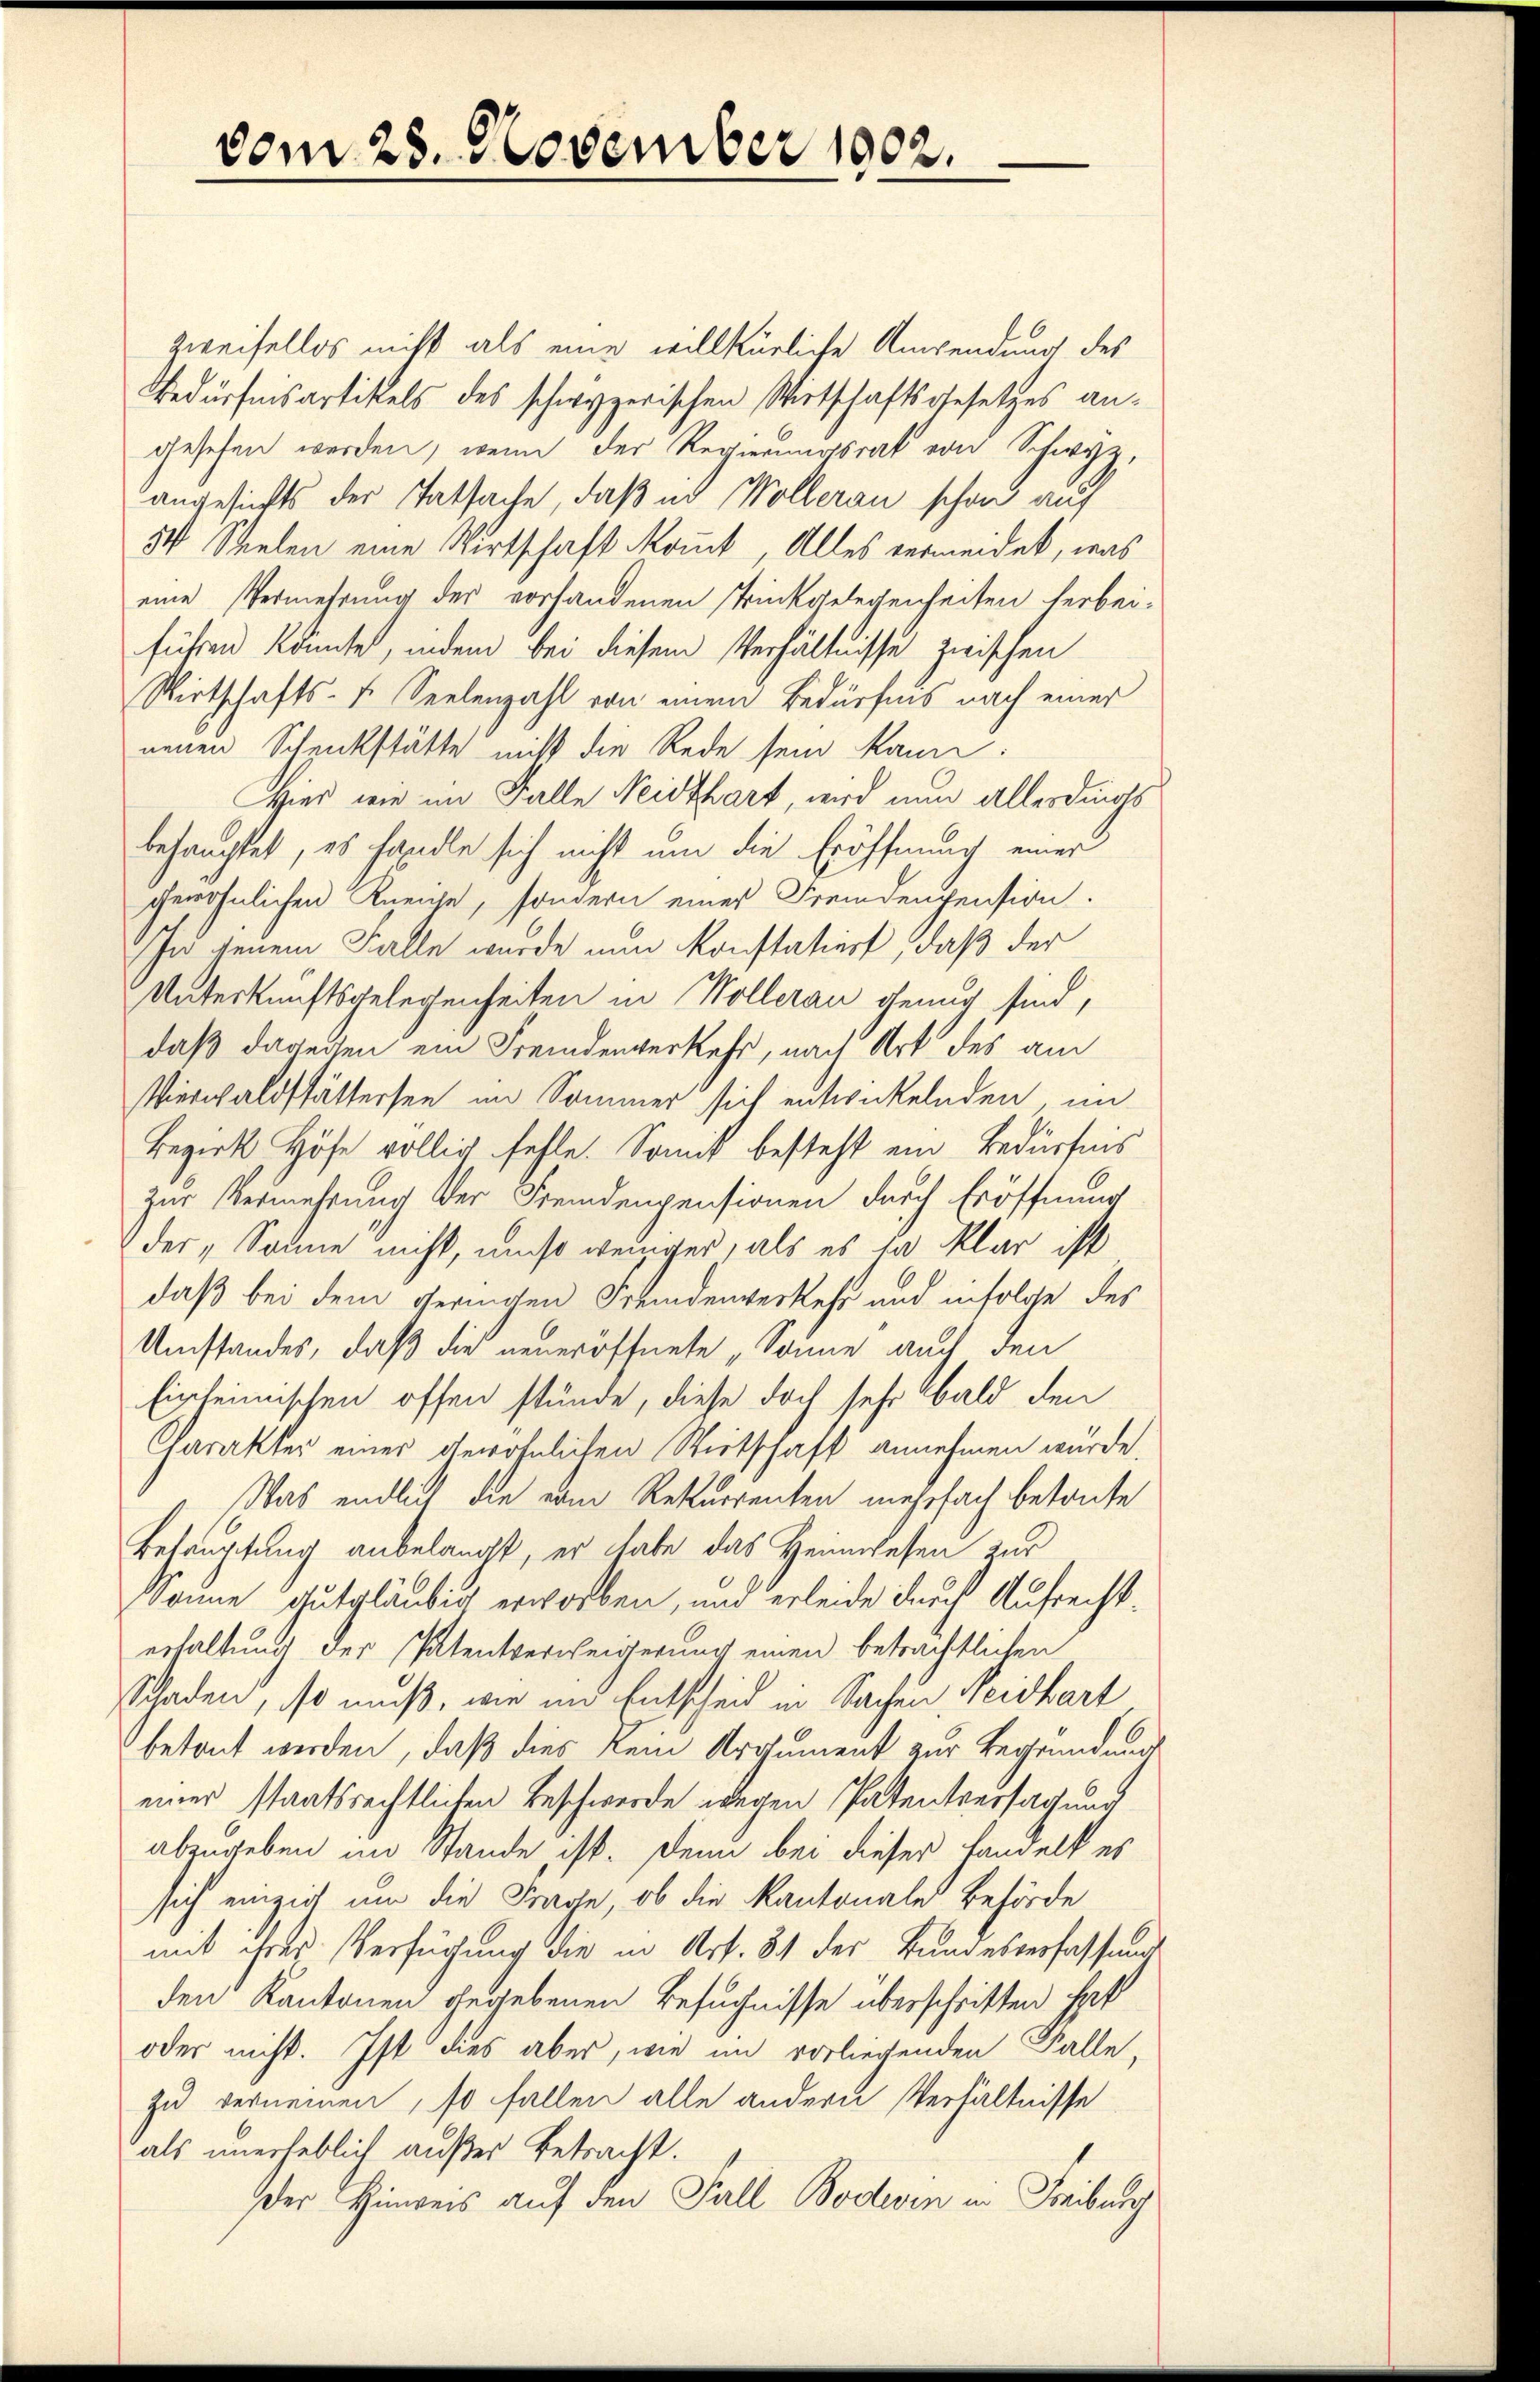
vom 25. November 1902.

Zweifellos nicht als eine willkürliche Anwendung des
Bedürfnisartikels des schwyzerischen Wirtschaftsgesetzes angesehen werden, wenn der Regierungsrat von Schwyz,
angesichts der Tatsache, daß in Möllerau schon auf
3 Spielen eine Wirtschaft kommt, Alles vermeidet, was
eine Vermehrung der vorhandenen Trinkgelegenheiten herbei-
führen könnte, indem bei diesem Verhältnisse zwischen
Wirtschafts- u. Seelenzahl von einem Bedürfnis nach einer
neuen Schenkstätte mit die Rede sein kann:
Hier wie im Falle Neidthart, wird nun allerdings
behauptet, es handle sich nicht um die Eröffnung einer
gewöhnlichen Kneise, sondern eines Fremdenpension.
In jenem Falle wurde nun konstatiert, daß der
Unterkunftsgelegenheiten in Wollerau genug sind,
daß dareisen ein Fremdenverkehr, nach Art des am
Verwaldstättersee im Sommer sich entwickelnden, im
Bezirk Höfe völlig fehle. Somit besteht ein Bedürfnis
zur Vermehrung der Fremdenpensionen durch Eröffnung
der "Sonne nicht, umso weniger, als es ja klar ist
daß bei dem geringen Fremdenverkehr und infolge des
Umstandes, daß die neueröffnete „Sonne auch den
Einheimischen offen stünde, diese doch sehr bald den
Charakter einer gewöhnlichen Wirtschaft annehmen würde.
Was endlich die vom Rekurrenten mehrfach betonte
Behauptung anbelangt, er habe das Heimwesen zur
könne gutgläubig erworben, und erleide durch Aufrechterhaltung der Patentverweigerung einen beträchtlichen
Schaden, so muß, wie im Entscheid in Sachen Neidhart
betont werden, daß dies kein Argument zur Begründung
einer staatsrechtlichen Beschwerde wegen Patentversagung
abzugeben im Stande, ist. Denn bei dieser Handelt es
sich einzig um die Frage, ob die Kantonale Behörde
mit ihrer Verfügung die in Art. 81 der Bundesverfassung
den Kantonen gegebenen Besuchnisse überschritten hatt
oder nicht. Ist dies aber, wie im vorliegenden Falle,
zu vernennen, so fallen alle andern Verhältnisse
als unerheblich außer betracht.
Der Hinweis auf den Fall Bodevin in Freiburg